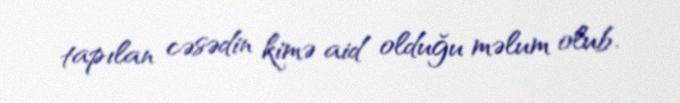
tapılan cəsədin kimə aid olduğu məlum olub.